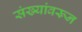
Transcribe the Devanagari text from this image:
संख्यांवरून